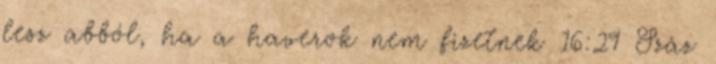
lesz abból, ha a haverok nem fizetnek 16:29 Száz